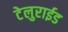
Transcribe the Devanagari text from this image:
टेलुराईड